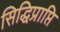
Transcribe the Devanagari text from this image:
सिद्धिप्राप्ति